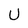
Character: U